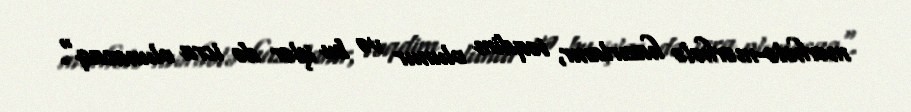
mərhələ-mərhələ hazırlanır, təqdim olunur və bu işlər də icra olunacaq".